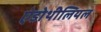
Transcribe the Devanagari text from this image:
एंडोथीलियल